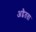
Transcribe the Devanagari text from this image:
अद्वैतता